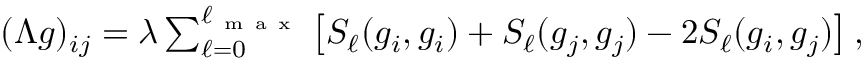
\begin{array} { r } { ( \Lambda g ) _ { i j } = \lambda \sum _ { \ell = 0 } ^ { \ell _ { \mathrm { ~ m ~ a ~ x ~ } } } \left[ S _ { \ell } ( g _ { i } , g _ { i } ) + S _ { \ell } ( g _ { j } , g _ { j } ) - 2 S _ { \ell } ( g _ { i } , g _ { j } ) \right] , } \end{array}